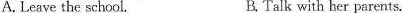
A. Leave the school. B. Talk with her parents.